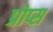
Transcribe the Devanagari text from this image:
प्रोप्स